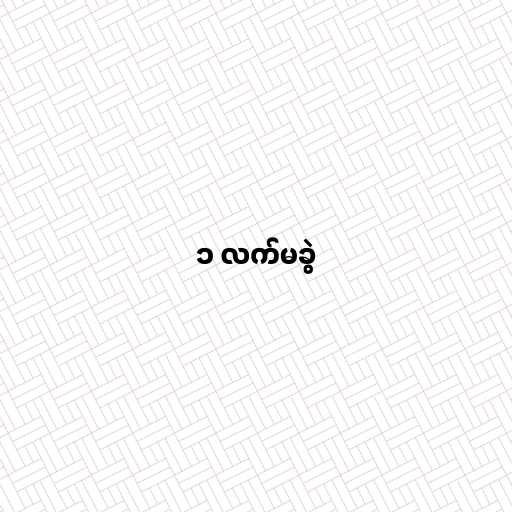
၁ လက်မခွဲ